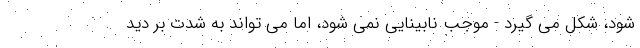
شود، شکل می گیرد - موجب نابینایی نمی شود، اما می تواند به شدت بر دید